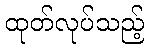
ထုတ်လုပ်သည့်